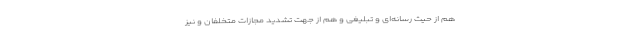
هم از حیث رسانه‌ای و تبلیغی و هم از جهت تشدید مجازات متخلفان و نیز